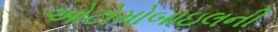
ઓટોમોબાઇલની